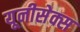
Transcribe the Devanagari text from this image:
यूनीसेक्स